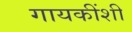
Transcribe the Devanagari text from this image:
गायकींशी